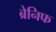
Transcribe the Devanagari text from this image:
ब्रेनिफ